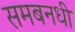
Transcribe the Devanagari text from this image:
समबनधी